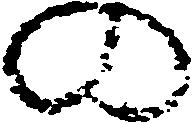
の